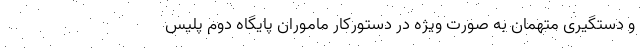
و دستگیری متهمان به صورت ویژه در دستورکار ماموران پایگاه دوم پلیس